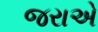
જરાએ